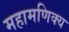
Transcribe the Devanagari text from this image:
महामणिक्य